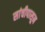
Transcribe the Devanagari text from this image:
सांचीपासून